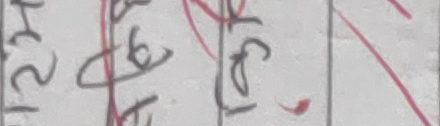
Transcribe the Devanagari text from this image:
१२५